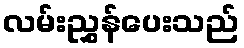
လမ်းညွှန်ပေးသည်